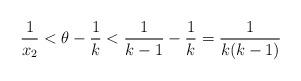
LaTeX: \begin{align*}\frac{1}{x_2} < \theta - \frac{1}{k} < \frac{1}{k-1} - \frac{1}{k} = \frac{1}{k(k-1)} \end{align*}